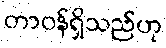
တာဝန်ရှိသည်ဟု